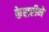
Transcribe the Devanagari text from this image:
केसरीने